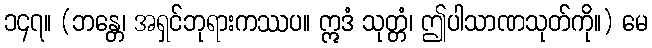
၁၄၇။ (ဘန္တေ၊ အရှင်ဘုရားကဿပ။ ဣဒံ သုတ္တံ၊ ဤပါသာဏသုတ်ကို။) မေ